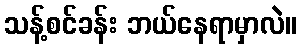
သန့်စင်ခန်း ဘယ်နေရာမှာလဲ။